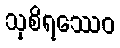
သုစိရဿေဝ